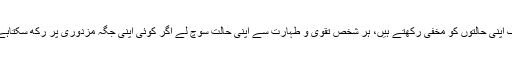
تو آپ نے فرمایا کہ اِنَّمَا الْاَعْمَالُ بِالنِّیَّاتِ یہ لوگ اپنی حالتوں کو مخفی رکھتے ہیں، ہر شخص تقویٰ و طہارت سے اپنی حالت سوچ لے اگر کوئی اپنی جگہ مزدوری پر رکھ سکتاہے تو ایسا کرے ورنہ مریض کے حکم میں ہے۔